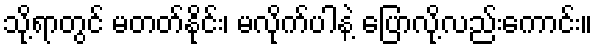
သို့ရာတွင် မတတ်နိုင်း၊ မလိုက်ပါနဲ့ ပြောလို့လည်းကောင်း။